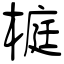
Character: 榳